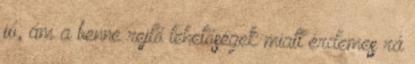
jó, ám a benne rejlő lehetőségek miatt érdemes rá